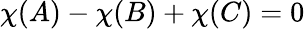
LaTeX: \chi(A)-\chi(B)+\chi(C)=0